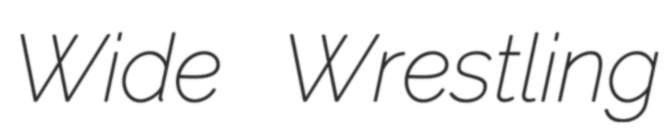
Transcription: Wide Wrestling